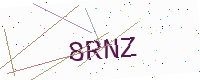
Text: 8RNZ